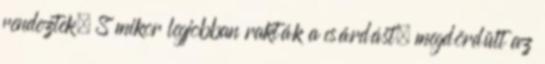
rendeztek. S mikor legjobban rakták a csárdást, megdördült az